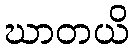
ဃာတယိ